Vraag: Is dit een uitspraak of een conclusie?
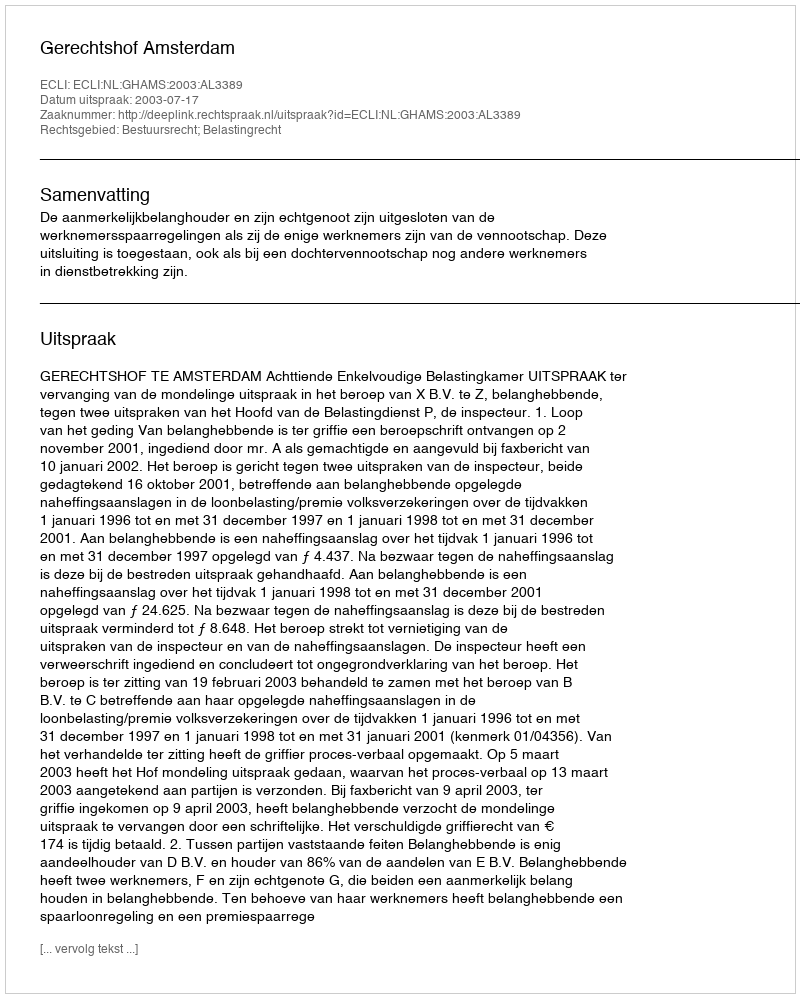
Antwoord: Uitspraak